Annual report of the Punjab Veterinary College and of the Civil Veterinary Department, Punjab - 1909-1919
Year: 1909
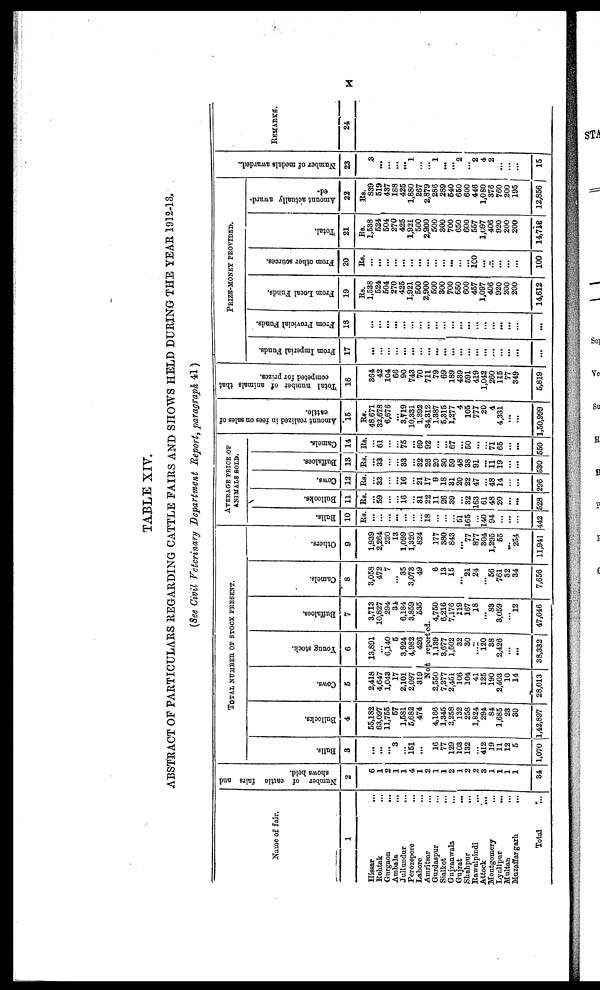
x
TABLE XIV.
ABSTRACT OF PARTICULARS REGARDING CATTLE FAIRS AND SHOWS HELD DURING THE YEAR 1912-13.
(See Civil Veterinary Department Report, paragraph 41)
Name of fair.
1
Hissar
...
Rohtak ...
Gurgaon
...
Ambala
...
Jullundur
...
Ferozepore
...
Lahore ...
Amritsar ...
Gurdaspur ...
Sialkot
...
Gujranwala ...
Gujrat ...
Shahpur
...
Rawalpindi ...
Attock
...
Montgomery
...
Lyallpur
...
Multan ...
Muzaffargarh ...
Total
Number of cattle fairs and
shows held.
2
6
1
2
1
1
4
1
2
1
1
2
1
2
2
3
1
1
1
1
34
TOTAL NUMBER OF STOCK PRESENT.
Bulls.
3
...
...
...
3
...
151
...
...
16
77
129
103
132
...
412
19
11
12
5
1,070
Bullocks.
4
55,182
63,097
11,755
57
1,581
5,682
474
...
4,166
1,345
3,258
132
258
1,824
294
84
1,685
23
30
1,42,897
Cows.
5
2,418
4,647
1,043
17
2,101
2,097
319
Young stock.
6
13,891
...
6,140
5
3,924
4,982
426
Buffaloes.
7
3,713
10,827
294
34
6,184
3,859
535
Not reported.
2,550
7,377
2,451
106
104
41
125
190
2,403
10
14
28,013
1,139
3,677
1,502
32
30
...
120
38
2,426
...
...
38,332
4,750
6,216
7,176
119
167
18
...
83
3,059
...
12
47,046
Camels.
* 8
3,058
472
7
...
35
3,073
49
6
13
15
...
21
24
...
56
761
32
34
7,656
Others.
9
1,939
2,264
220
13
1,099
1,320
824
177
380
843
...
77
877
304
1,295
55
...
254
11,941
AVERAGE PRICE OF
ANIMALS SOLD.
Bulls.
10
Rs.
......
...
...
...
...
...
...
18
...
...
51
165
...
140
94
...
...
...
442
Bullooks.
11
Rs.
...
59
...
...
16
...
31
22
11
26
39
...
32
163
61
48
20
...
...
528
Cows.
12
Rs.
...
33
...
16
...
21
17
9
18
31
20
22
47
...
48
14
....
296
Buffaloes.
13
Rs.
...
33
...
...
33
...
32
26
20
30
59
48
38
91
...
11
19
...
...
530
Camels.
14
Rs.
...
61
...
...
75
...
69
92
...
...
67
...
50
...
...
71
65
...
...
550
Amount realized in fees on sales of
cattle.
15
Rs.
48,671
32,678
6,676
...
3,719
10,331
1,392
34,312
1,387
5,315
1,277
4
105
777
20
4
4,331
...
...
1,50,999
Total number of animals that
competed for prizes.
16
364
42
104
66
90
743
70
711
79
69
189
439
591
419
1,042
260
115
77
349
5,819
PRIZE-MONEY PROVIDED.
Prom Imperial Funds.
17
...
...
...
...
...
...
...
...
...
...
...
...
...
...
...
...
...
...
...
...
From Provicial Funds.
18
...
...
...
...
...
...
...
...
...
...
...
...
...
...
...
...
...
...
...
From Local Funds.
19
Rs.
1,538
524
504
270
425
1,921
500
2,900
500
300
700
650
600
457
1,097
406
920
200
200
14,612
From other sources.
20
Rs.
...
...
...
...
...
...
...
...
...
...
...
...
...
100
...
...
...
...
...
100
Total.
21
Rs.
1,538
524
504
270
425
1,921
500
2,900
500
300
700
650
600
557
1,097
406
920
200
200
14,712
Amount actually award-
ed.
22
Rs.
839
519
437
188
425
1,880
267
2,879
286
289
540
650
600
446
1,080
376
760
200
195
12,856
Number of medals awarded.
23
3
...
...
...
...
1
...
...
1
...
...
2
...
2
4
2
...
...
...
15
REMARKS.
24